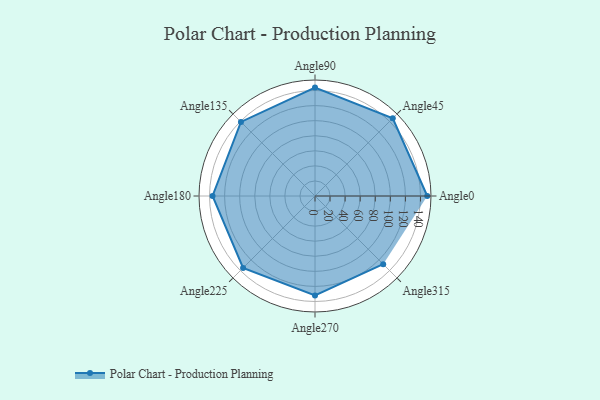
{"axis": {"x": "Angle", "y": "Radius"}, "legend": [""], "data": [{"x": "Angle0", "y": 149.0, "type": ""}, {"x": "Angle45", "y": 146.0, "type": ""}, {"x": "Angle90", "y": 144.0, "type": ""}, {"x": "Angle135", "y": 139.0, "type": ""}, {"x": "Angle180", "y": 136.0, "type": ""}, {"x": "Angle225", "y": 135.0, "type": ""}, {"x": "Angle270", "y": 132.0, "type": ""}, {"x": "Angle315", "y": 128.0, "type": ""}]}